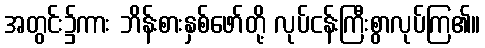
အတွင်း၌ကား ဘိန်းစားနှစ်ဖော်တို့ လုပ်ငန်းကြီးစွာလုပ်ကြ၏။